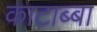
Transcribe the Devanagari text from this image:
काटाब्बा